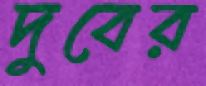
দুবের